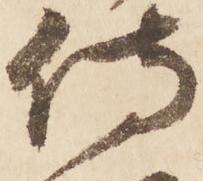
侍